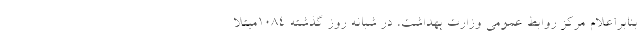
بنابراعلام مرکز روابط عمومی وزارت بهداشت، در شبانه روز گذشته ۱۰۸۴مبتلا